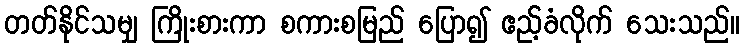
တတ်နိုင်သမျှ ကြိုးစားကာ စကားစမြည် ပြော၍ ဧည့်ခံလိုက် သေးသည်။